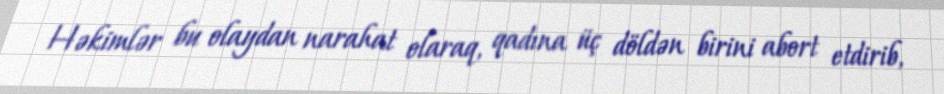
Həkimlər bu olaydan narahat olaraq, qadına üç döldən birini abort etdirib,